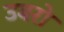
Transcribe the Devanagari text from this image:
उबरो